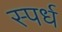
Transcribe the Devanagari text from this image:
स्पर्ध